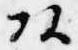
頭